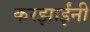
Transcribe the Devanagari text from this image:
करझाईंनी